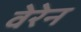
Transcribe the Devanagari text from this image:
वेरेन